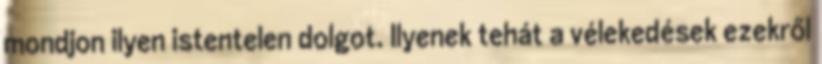
mondjon ilyen istentelen dolgot. Ilyenek tehát a vélekedések ezekről